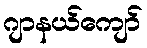
ဂျာနယ်ကျော်